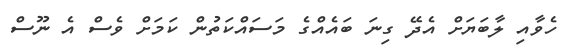
ހެވާއި ލާބަޔަށް އެދޭ ގިނަ ބައެއްގެ މަސައްކަތުން ކަމަށް ވެސް އެ ނޫސް